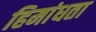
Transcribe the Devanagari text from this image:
हिमांधता